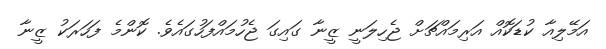
އަމޭލިއާ ކުޑަކޮއް އަރިމައްޗަށް ޖެހިލަނީ ޒީނާ ގައިގަ ޖެހުމައްފަހުގައެވެ. ކޮންމެ ފަހަރަކު ޒީނާ